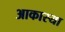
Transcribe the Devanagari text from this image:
आकास्या